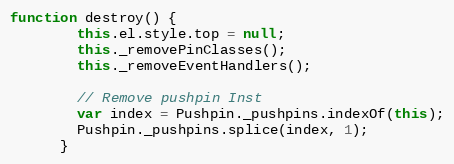
Language: JavaScript
function destroy() {
        this.el.style.top = null;
        this._removePinClasses();
        this._removeEventHandlers();

        // Remove pushpin Inst
        var index = Pushpin._pushpins.indexOf(this);
        Pushpin._pushpins.splice(index, 1);
      }